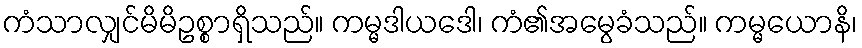
ကံသာလျှင်မိမိဥစ္စာရှိသည်။ ကမ္မဒါယဒေါ၊ ကံ၏အမွေခံသည်။ ကမ္မယောနိ၊